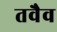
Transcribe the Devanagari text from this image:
तवैव